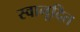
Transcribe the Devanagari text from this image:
स्वानूदित